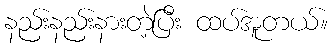
နည်းနည်းနားတဲ့ပြီး ထပ်အူတယ်။